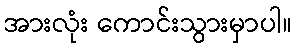
အားလုံး ကောင်းသွားမှာပါ။